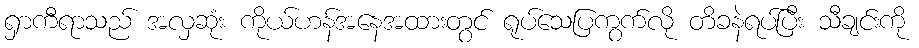
ရှာကီရာသည် အလှဆုံး ကိုယ်ဟန်အနေအထားတွင် ရုပ်သေပြကွက်လို တိခနဲရပ်ပြီး သီချင်းကို